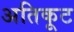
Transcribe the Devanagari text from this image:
अतिकूट